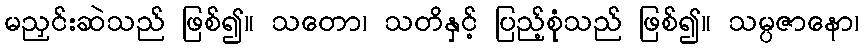
မညှင်းဆဲသည် ဖြစ်၍။ သတော၊ သတိနှင့် ပြည့်စုံသည် ဖြစ်၍။ သမ္ပဇာနော၊